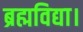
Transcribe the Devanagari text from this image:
ब्रह्मविद्या।